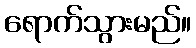
ရောက်သွားမည်။